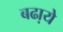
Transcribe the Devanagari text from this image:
बढा़ये